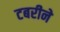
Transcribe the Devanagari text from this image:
टबरीने